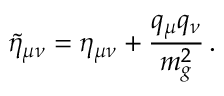
\tilde { \eta } _ { \mu \nu } = \eta _ { \mu \nu } + \frac { q _ { \mu } q _ { \nu } } { m _ { g } ^ { 2 } } \, .